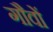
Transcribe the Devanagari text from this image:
गौवों